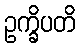
ဥက္ခိပတိ